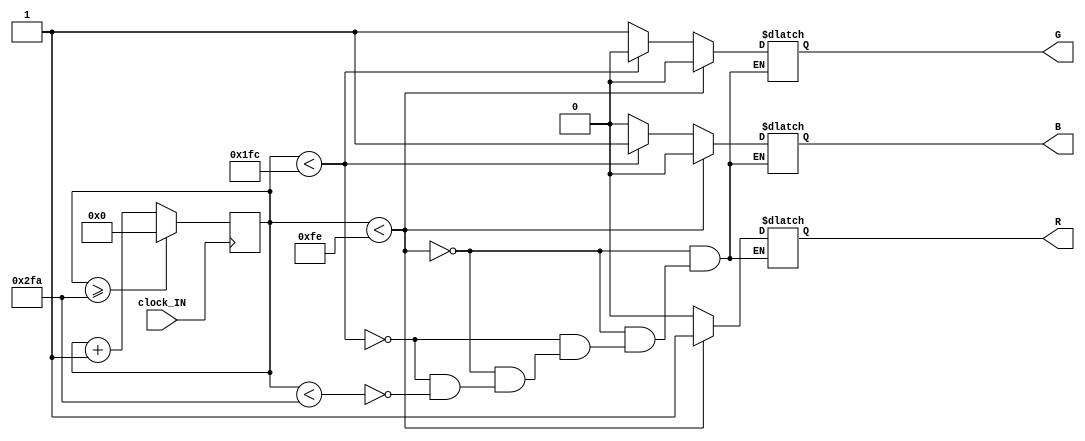
module blink_controller
(
    input      clock_IN, // 15 Hz in, needs to be in sync with up-down counter
    output reg R,        // RED enable
    output reg B,        // BLUE enable
    output reg G         // GREEN enable
);
reg [9:0] count; // 762 / 3 = 254 cycles per color (127 up, 127 down)

initial
begin
    count = 0;
end

always@(posedge clock_IN) begin
    // increment count on every clock edge
    count <= count + 1'b1;
    // unless counter has counted three full up-down cycles then reset to zero
    if (count >= 762)
        count <= 0;
end

always@(*) begin

    if(count < 254) // still within first up-down cycle
    begin // passing duty cycle along to RED cathode only
        R = 1'b1;
        G = 1'b0;
        B = 1'b0;
	end
	else if (count < 508) // still within second up-down cycle
    begin // passing duty cycle along to BLUE cathode only
		R = 1'b0;
		G = 1'b0;
		B = 1'b1;
	end
	else if(count < 762) // still within third up-down cycle
    begin // passing duty cycle along to GREEN cathode only
		R = 1'b0;
		G = 1'b1;
		B = 1'b0;
	end
end
//  ORIGINAL CODE BELOW
//assign R = (count < 254) ? 1'b1 : 1'b0;
//assign B = (count >= 254 && count < 508) ? 1'b1 : 1'b0;
//assign G = (count >= 508) ? 1'b1 : 1'b0;
//always@(posedge clock_IN) count <= (count < 762) ? count + 1 : 0;
endmodule